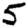
Digit: 5